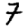
Digit: 7